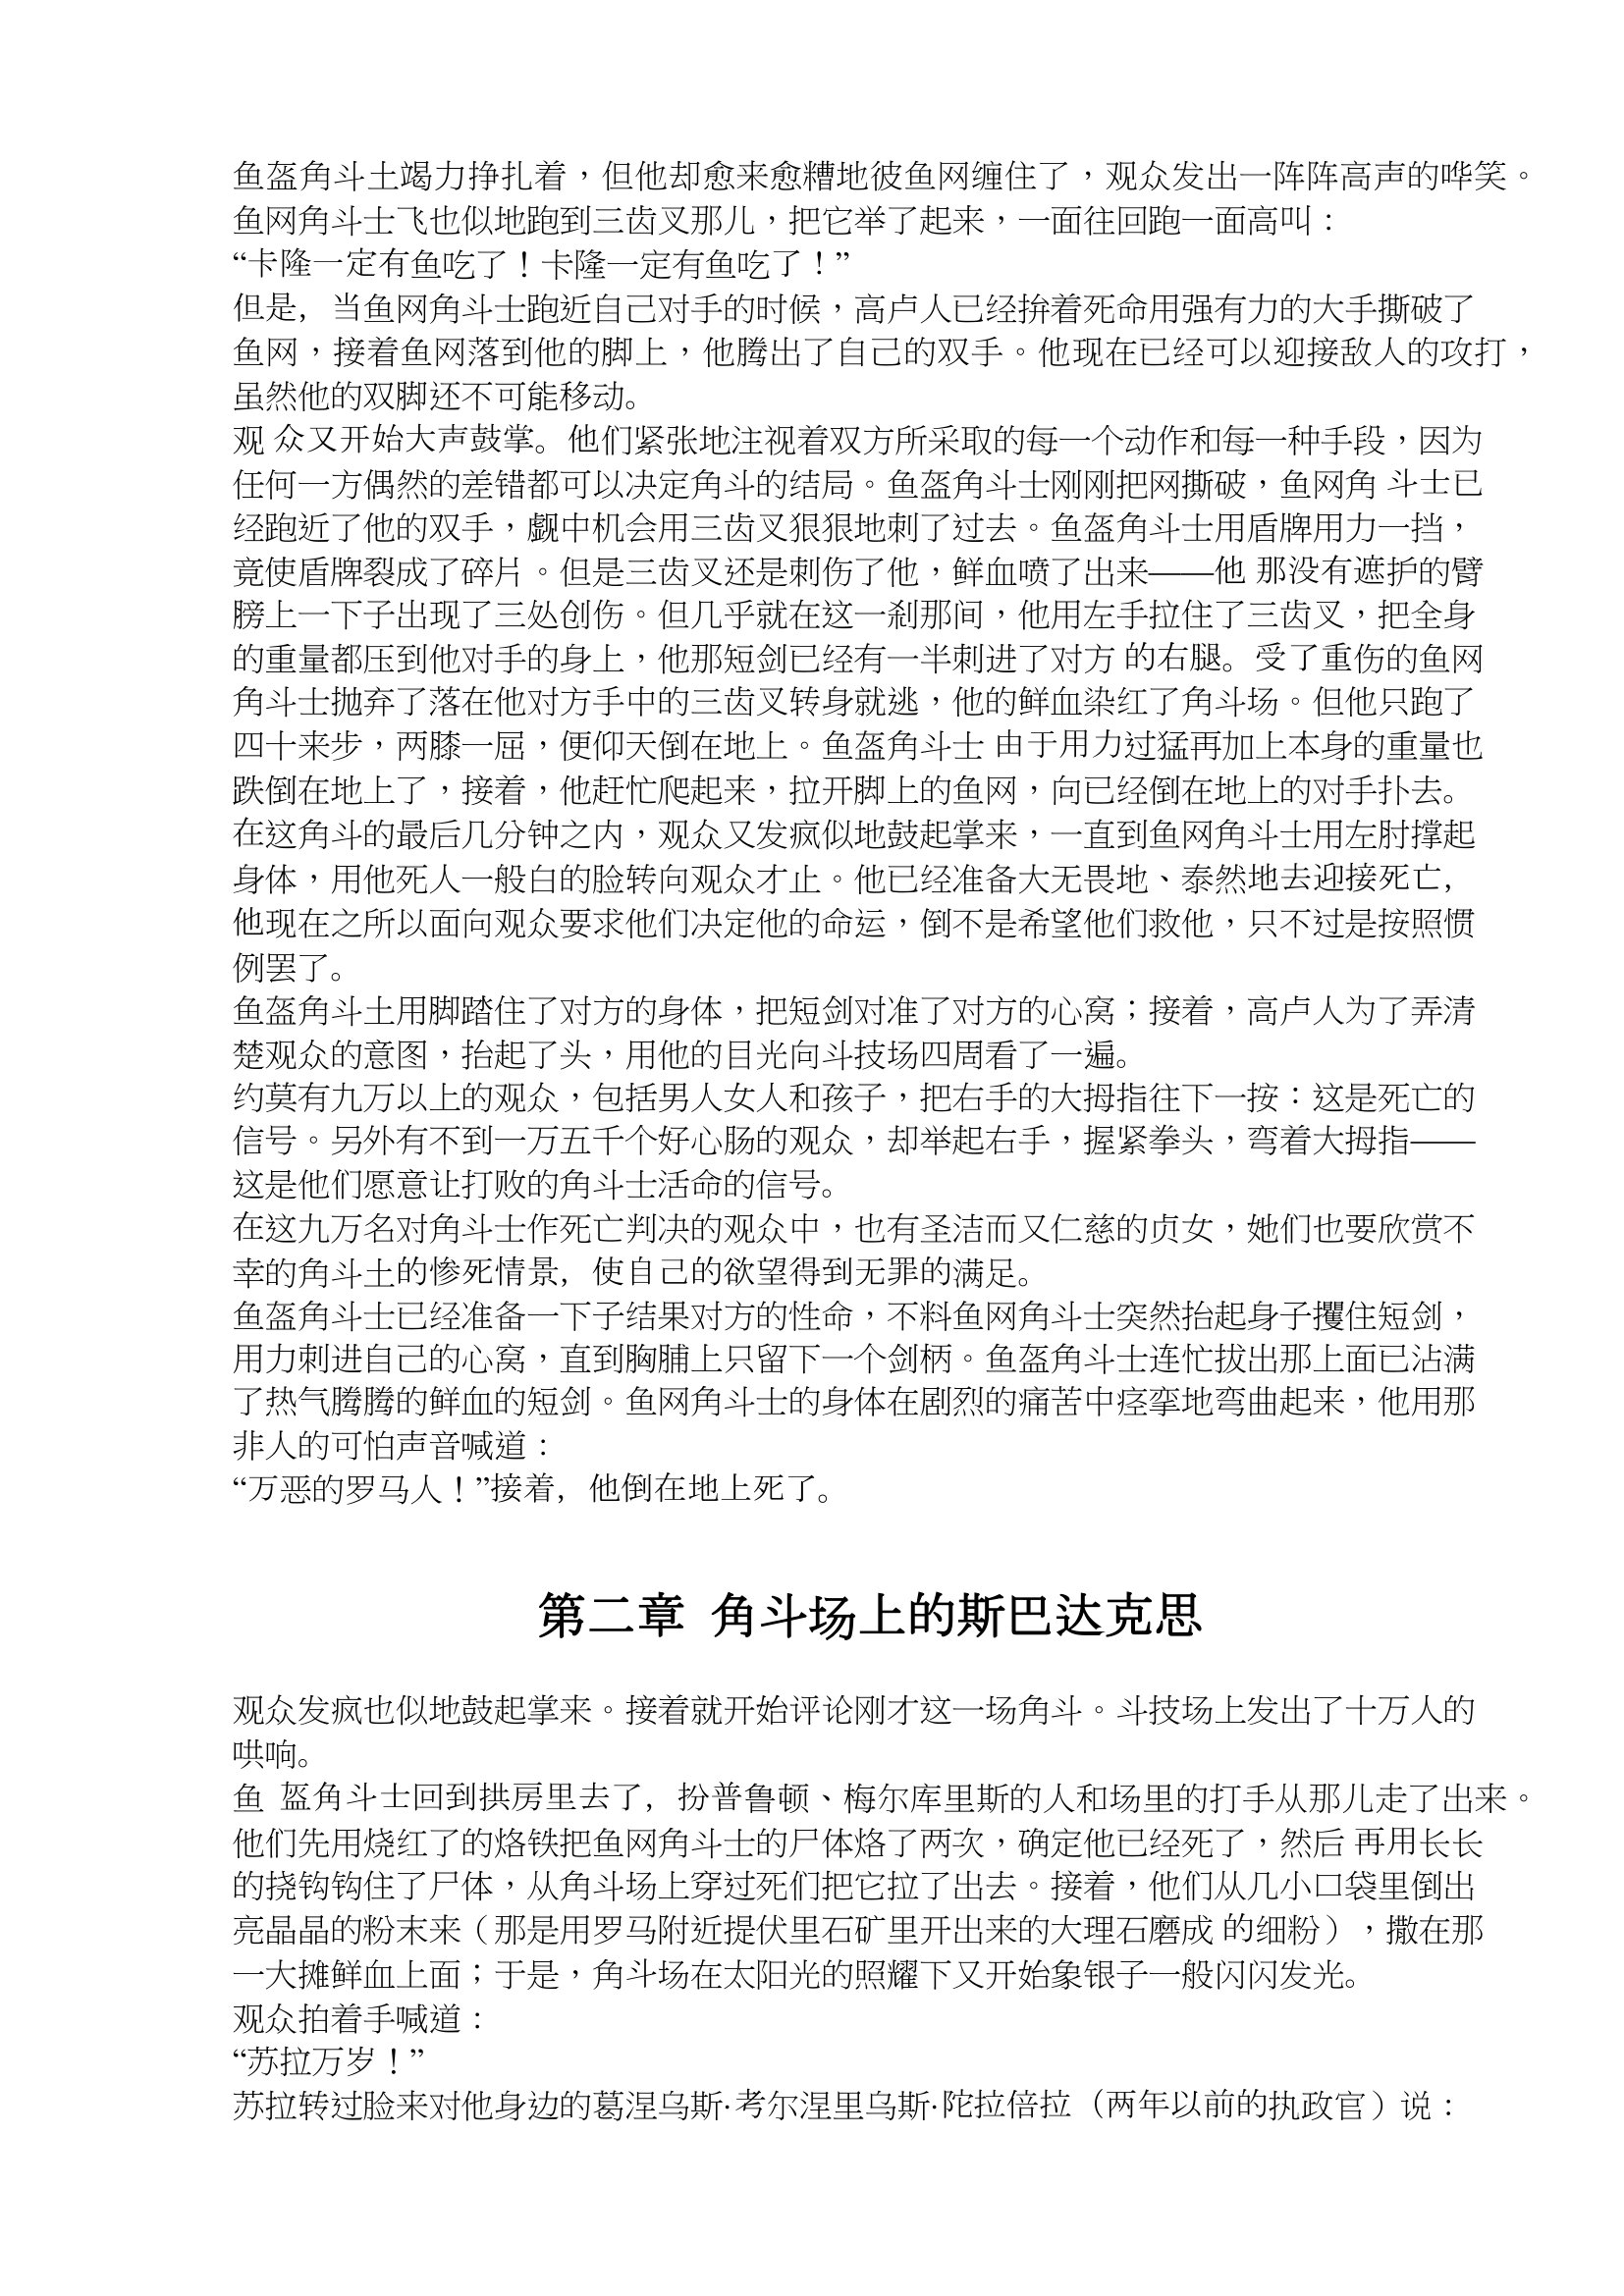
Language: zh